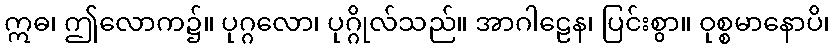
ဣဓ၊ ဤလောက၌။ ပုဂ္ဂလော၊ ပုဂ္ဂိုလ်သည်။ အာဂါဠေန၊ ပြင်းစွာ။ ဝုစ္စမာနောပိ၊